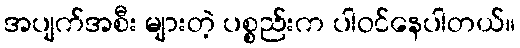
အပျက်အစီး များတဲ့ ပစ္စည်းက ပါဝင်နေပါတယ်။